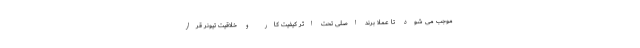
موجب می شود تا عملا برند اصلی تحت اثر کیفیت کار و خلاقیت تیونر قرار